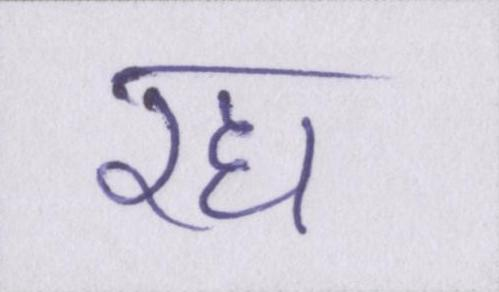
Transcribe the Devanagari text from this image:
रहा